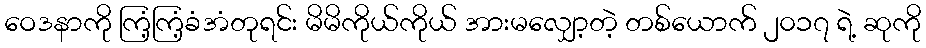
ဝေဒနာကို ကြံ့ကြံ့ခံအံတုရင်း မိမိကိုယ်ကိုယ် အားမလျှော့တဲ့ တစ်ယောက် ၂၀၁၇ ရဲ့ ဆုကို